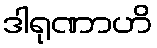
ဒါရုဏာဟိ